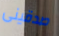
صدقينى